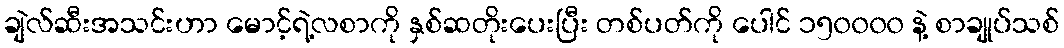
ချဲလ်ဆီးအသင်းဟာ မောင့်ရဲ့လစာကို နှစ်ဆတိုးပေးပြီး တစ်ပတ်ကို ပေါင် ၁၅၀၀၀၀ နဲ့ စာချုပ်သစ်